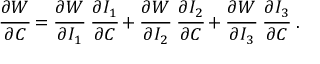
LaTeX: { \cfrac { \partial W } { \partial { \boldsymbol { C } } } } = { \cfrac { \partial W } { \partial I _ { 1 } } } ~ { \cfrac { \partial I _ { 1 } } { \partial { \boldsymbol { C } } } } + { \cfrac { \partial W } { \partial I _ { 2 } } } ~ { \cfrac { \partial I _ { 2 } } { \partial { \boldsymbol { C } } } } + { \cfrac { \partial W } { \partial I _ { 3 } } } ~ { \cfrac { \partial I _ { 3 } } { \partial { \boldsymbol { C } } } } ~ .